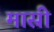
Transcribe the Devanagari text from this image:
मास्री